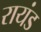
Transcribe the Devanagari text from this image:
रायंड